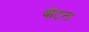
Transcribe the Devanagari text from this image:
कॅटल